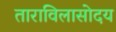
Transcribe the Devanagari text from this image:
ताराविलासोदय